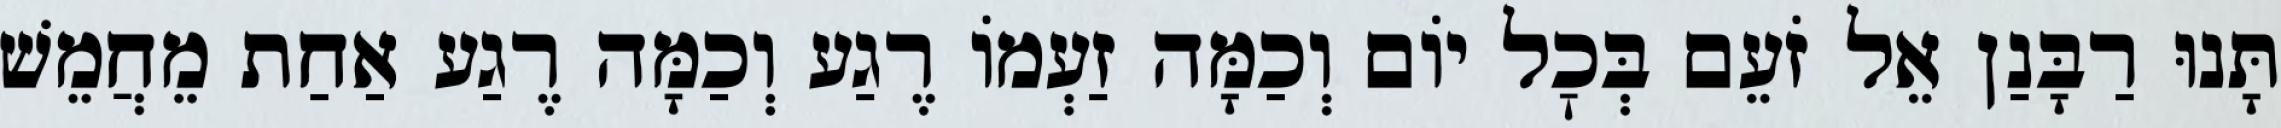
תָּנוּ רַבָּנַן אֵל זֹעֵם בְּכׇל יוֹם וְכַמָּה זַעְמוֹ רֶגַע וְכַמָּה רֶגַע אַחַת מֵחֲמֵשׁ